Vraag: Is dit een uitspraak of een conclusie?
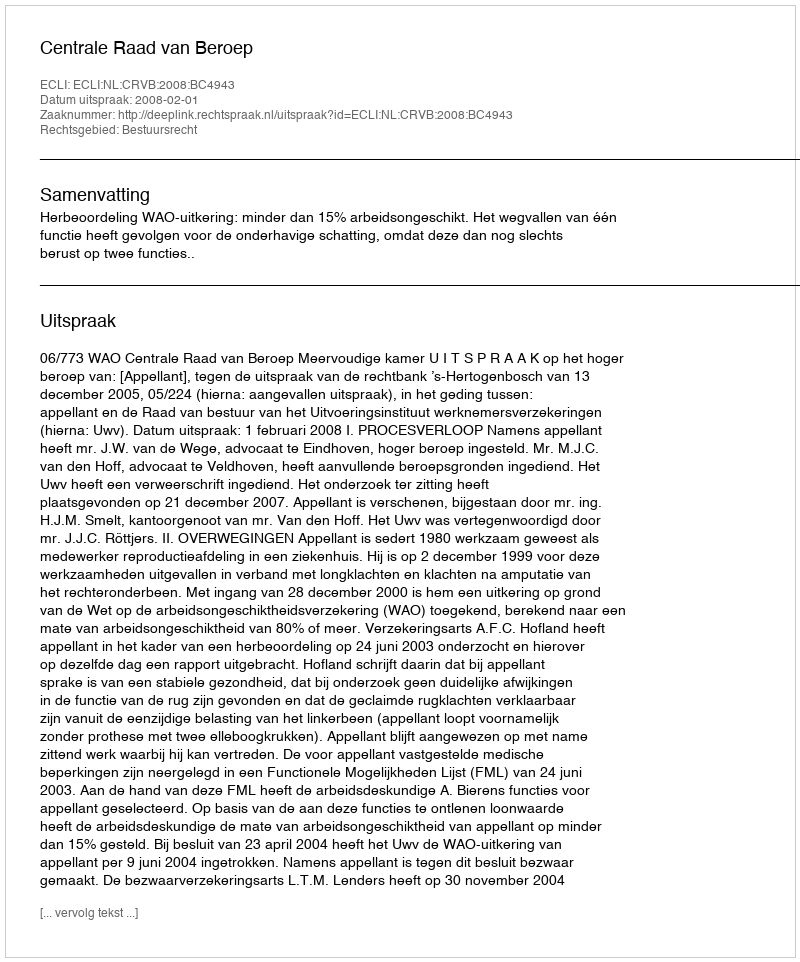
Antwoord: Uitspraak